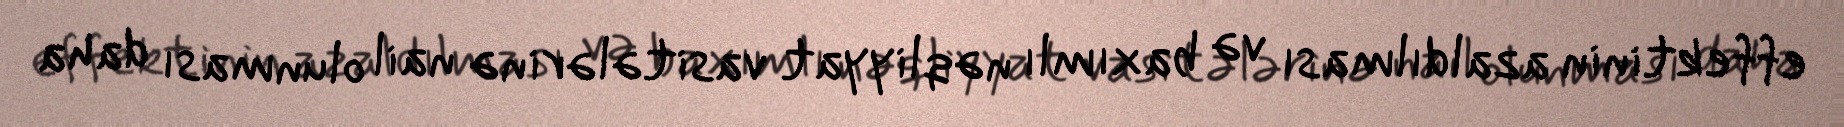
effektinin azaldılması və baxımlı nəqliyyat vasitələrinə nail olunması daha